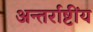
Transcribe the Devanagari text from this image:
अन्तर्राष्टींय